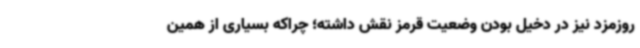
روزمزد نیز در دخیل بودن وضعیت قرمز نقش داشته؛ چراکه بسیاری از همین